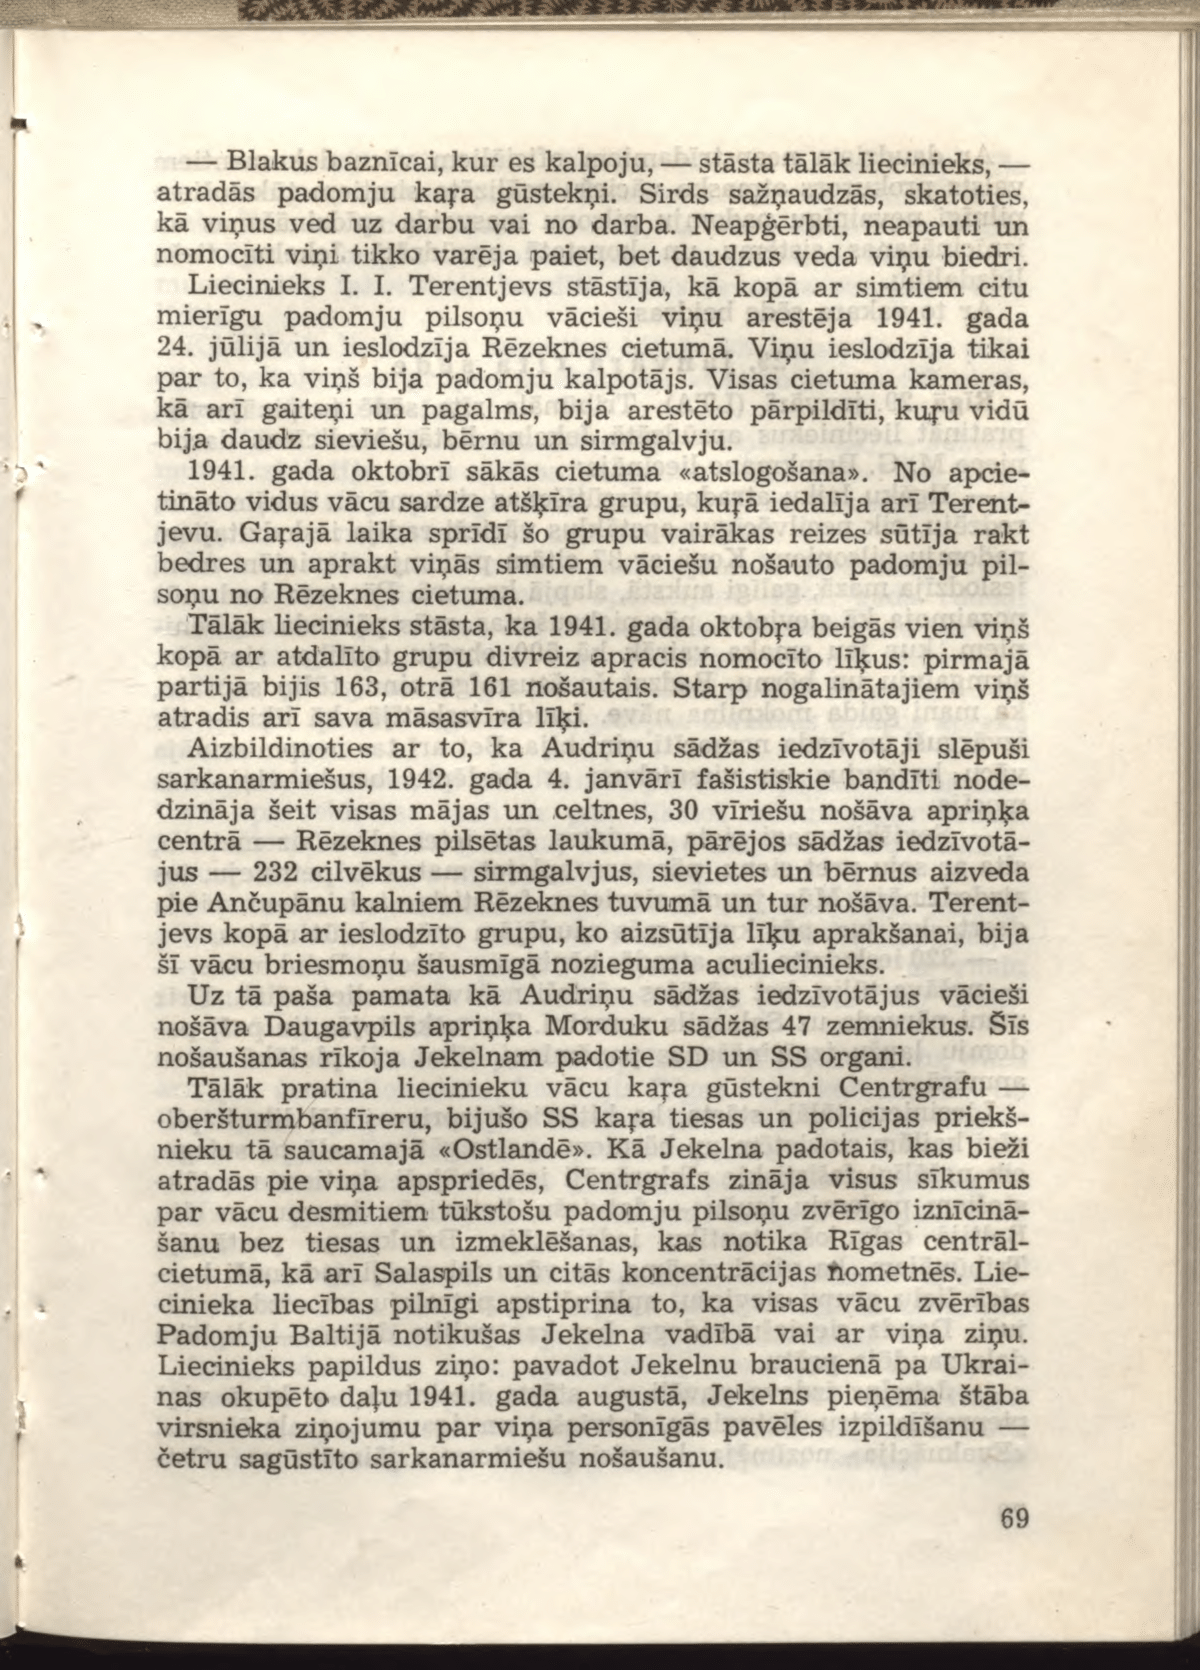
Language: lv